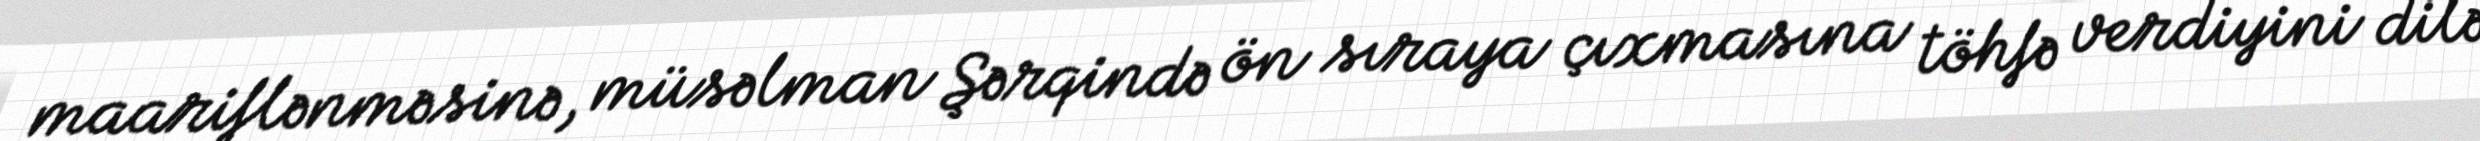
maariflənməsinə, müsəlman Şərqində ön sıraya çıxmasına töhfə verdiyini dilə